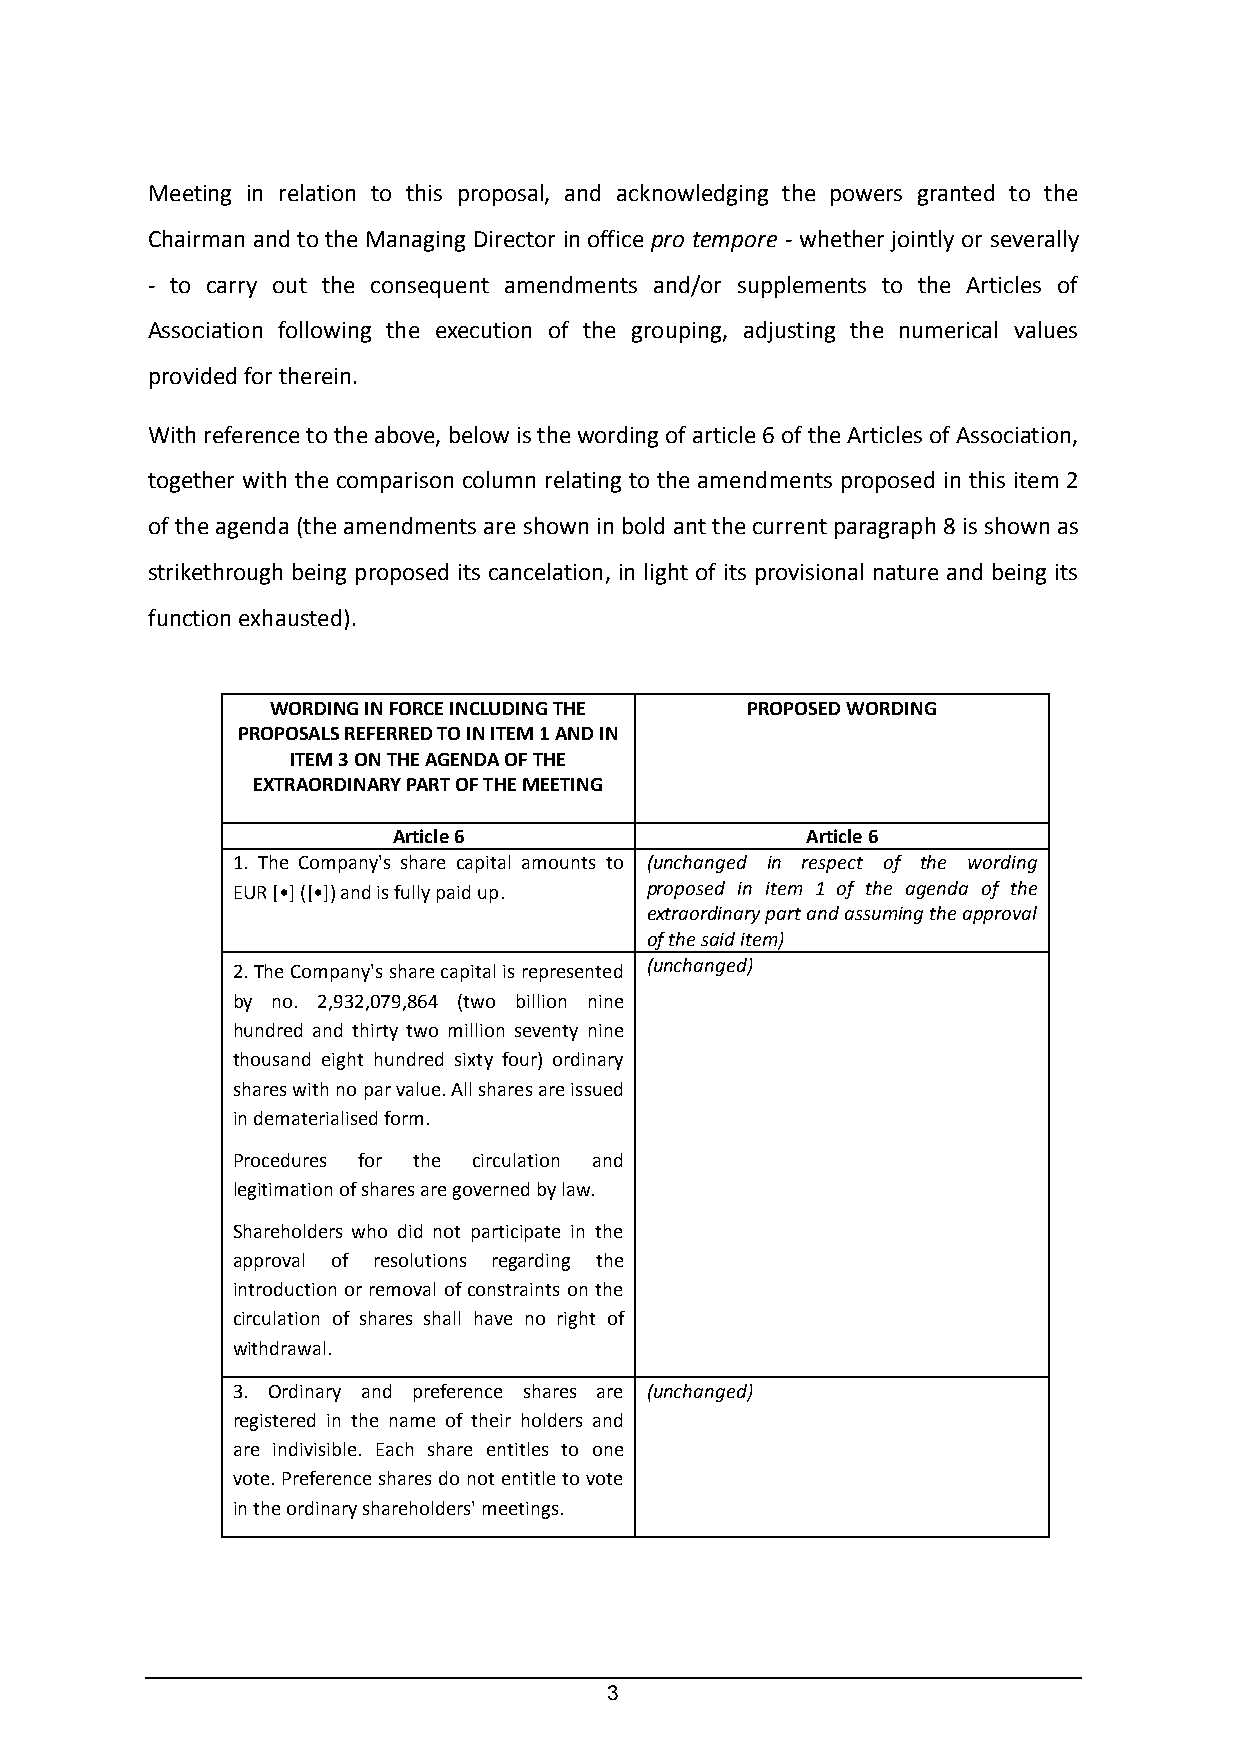
Meeting in relation to this proposal, and acknowledging the powers granted to the
 Chairman and to the Managing Director in office pro tempore - whether jointly or severally
 - to carry out the consequent amendments and/or supplements to the Articles of
 Association following the execution of the grouping, adjusting the numerical values
 provided for therein.
 With reference to the above, below is the wording of article 6 of the Articles of Association,
 together with the comparison column relating to the amendments proposed in this item 2
 of the agenda (the amendments are shown in bold ant the current paragraph 8 is shown as
 strikethrough being proposed its cancelation, in light of its provisional nature and being its
 function exhausted).
 WORDING IN FORCE INCLUDING THE PROPOSED WORDING
 PROPOSALS REFERRED TO IN ITEM 1 AND IN
 ITEM 3 ON THE AGENDA OF THE
 EXTRAORDINARY PART OF THE MEETING
 Article 6                  Article 6
 1. The Company's share capital amounts to (unchanged in respect of the wording
 EUR [•] ([•]) and is fully paid up. proposed in item 1 of the agenda of the
 extraordinary part and assuming the approval
 of the said item)
 2. The Company's share capital is represented (unchanged)
 by no. 2,932,079,864 (two billion nine
 hundred and thirty two million seventy nine
 thousand eight hundred sixty four) ordinary
 shares with no par value. All shares are issued
 in dematerialised form.
 Procedures for the circulation and
 legitimation of shares are governed by law.
 Shareholders who did not participate in the
 approval of resolutions regarding the
 introduction or removal of constraints on the
 circulation of shares shall have no right of
 withdrawal.
 3. Ordinary and preference shares are (unchanged)
 registered in the name of their holders and
 are indivisible. Each share entitles to one
 vote. Preference shares do not entitle to vote
 in the ordinary shareholders' meetings.
 3